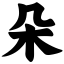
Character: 朵